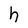
Character: h